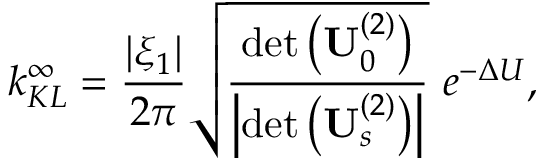
k _ { K L } ^ { \infty } = \frac { | \xi _ { 1 } | } { 2 \pi } \sqrt { \frac { \operatorname* { d e t } \left( \mathbf { U } _ { 0 } ^ { ( 2 ) } \right) } { \left| \operatorname* { d e t } \left( \mathbf { U } _ { s } ^ { ( 2 ) } \right) \right| } } \ e ^ { - \Delta U } ,